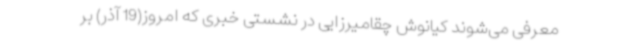
معرفی می‌شوند کیانوش چقامیرزایی در نشستی خبری که امروز(19 آذر) بر